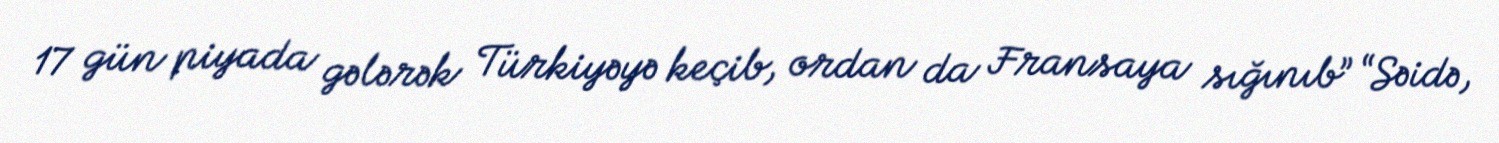
17 gün piyada gələrək Türkiyəyə keçib, ordan da Fransaya sığınıb” “Səidə,